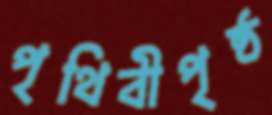
পৃথিবীপৃষ্ঠ